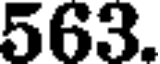
563.